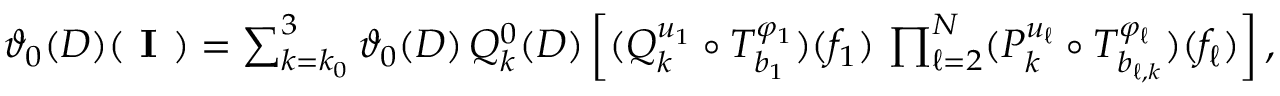
\begin{array} { r } { \vartheta _ { 0 } ( D ) ( \textbf { I } ) = \sum _ { k = k _ { 0 } } ^ { 3 } \vartheta _ { 0 } ( D ) \, Q _ { k } ^ { 0 } ( D ) \left[ ( Q _ { k } ^ { u _ { 1 } } \circ T _ { b _ { 1 } } ^ { \varphi _ { 1 } } ) ( f _ { 1 } ) \, \prod _ { \ell = 2 } ^ { N } ( P _ { k } ^ { u _ { \ell } } \circ T _ { b _ { \ell , k } } ^ { \varphi _ { \ell } } ) ( f _ { \ell } ) \right] , } \end{array}